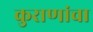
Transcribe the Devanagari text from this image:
कुराणांचा